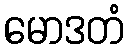
မောဒတံ